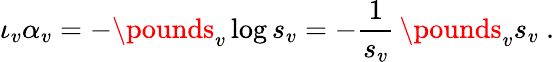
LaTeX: \iota_{v}\alpha_{v}=-\pounds_{v}\log s_{v}=-\frac{1}{s_{v}}\, \pounds_{v}s_{v}\ .